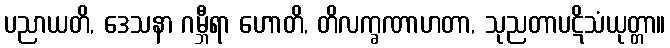
ပညာယတိ, ဒေသနာ ဂမ္ဘီရာ ဟောတိ, တိလက္ခဏာဟတာ, သုညတာပဋိသံယုတ္တာ။